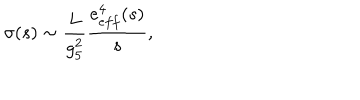
LaTeX: \sigma ( s ) \sim { \frac { L } { g _ { 5 } ^ { 2 } } } \frac { e _ { e f f } ^ { 4 } ( s ) } { s } ,